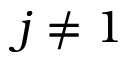
j \neq 1